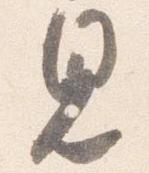
見